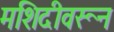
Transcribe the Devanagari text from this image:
मशिदीवरून